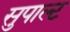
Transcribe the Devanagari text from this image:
सुपाल्ट